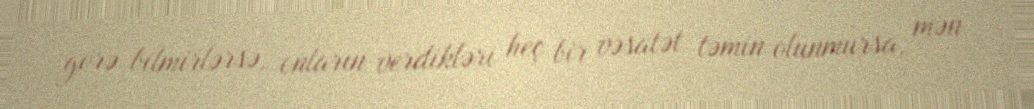
görə bilmirlərsə, onların verdikləri heç bir vəsatət təmin olunmursa, mən